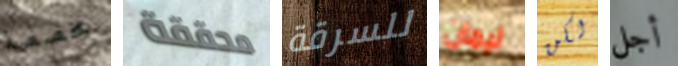
مخصصة محققة للسرقة ليمان لكن أجل